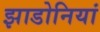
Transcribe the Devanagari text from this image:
झाडोनियां